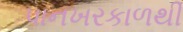
પાનખરકાળથી